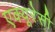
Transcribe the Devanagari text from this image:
एक्यूरेसी